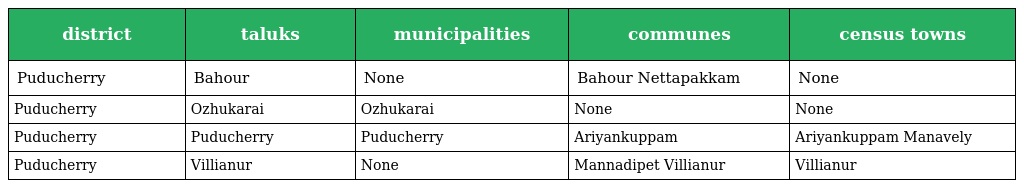
| district | taluks | municipalities | communes | census towns |
 | --- | --- | --- | --- | --- |
 | Puducherry | Bahour | None | Bahour Nettapakkam | None |
 | Puducherry | Ozhukarai | Ozhukarai | None | None |
 | Puducherry | Puducherry | Puducherry | Ariyankuppam | Ariyankuppam Manavely |
 | Puducherry | Villianur | None | Mannadipet Villianur | Villianur |